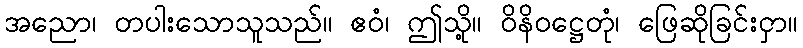
အညော၊ တပါးသောသူသည်။ ဧဝံ၊ ဤသို့။ ဝိနိဝဋ္ဌေတုံ၊ ဖြေဆိုခြင်းငှာ။